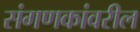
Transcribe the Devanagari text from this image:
संगणकांवरील